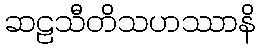
ဆဠသီတိသဟဿာနိ